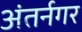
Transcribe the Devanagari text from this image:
अंतर्नगर